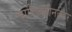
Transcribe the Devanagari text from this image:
चारित्र्यहीनतेवर